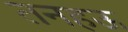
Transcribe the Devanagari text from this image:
तनहऊ